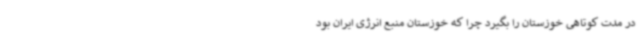
در مدت کوتاهی خوزستان را بگیرد چرا که خوزستان منبع انرژی ایران بود